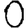
Digit: 0